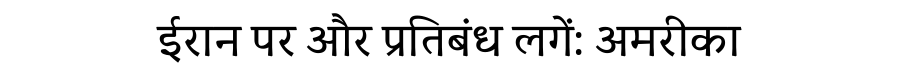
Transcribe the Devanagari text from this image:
ईरान पर और प्रतिबंध लगें: अमरीका